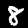
Label: 8